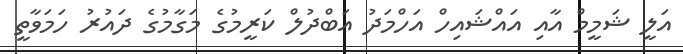
އަލީ ޝަމީމް އާއި އައްޝައިހް އަހްމަދު އަބްދުލް ކަރީމުގެ މަގާމުގެ ދައުރު ހަމަވާތީ